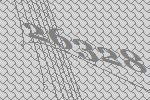
26328